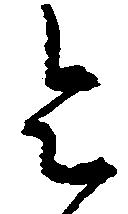
令